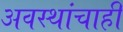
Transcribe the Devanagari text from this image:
अवस्थांचाही